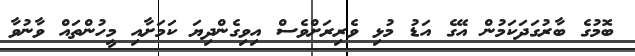
ބޮމުގެ ބާރުގަދަކަމުން އޭގެ އަޑު މުޅި ވެރިރަށްވެސް އިވިގެންދިޔަ ކަމަށާއި މީހުންތައް ވާނުވާ